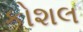
કોશલ